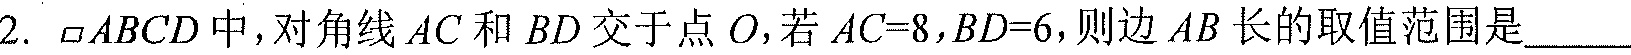
2. \(\square ABCD\)中，对角线\(AC\)和\(BD\)交于点\(O\)，若\(AC = 8\)，\(BD = 6\)，则边\(AB\)长的取值范围是______